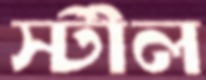
স্টীল